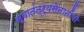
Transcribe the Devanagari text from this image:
स्वातंत्र्यसेनानींची